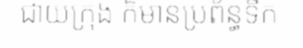
ជាយក្រុង ក៏មានប្រព័ន្ធទឹក